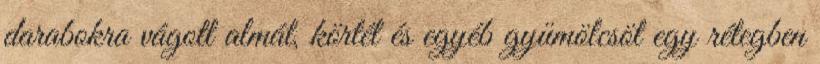
darabokra vágott almát, körtét és egyéb gyümölcsöt egy rétegben